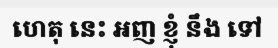
ហេតុ នេះ អញ ខ្ញុំ នឹង ទៅ